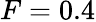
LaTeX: F=0.4